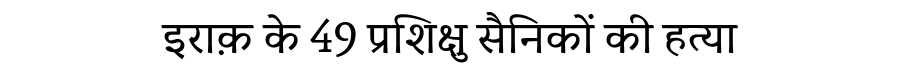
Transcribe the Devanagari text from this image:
इराक़ के 49 प्रशिक्षु सैनिकों की हत्या